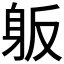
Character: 𰸺